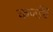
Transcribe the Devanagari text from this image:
कर्जांचे